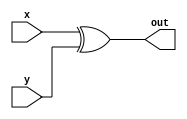
`timescale 1ns / 1ps

module btwxor_16b#(parameter N=16)(
    output [N-1:0] out,
    input [N-1:0] x,
    input [N-1:0] y
    );
    
    assign out = x ^ y;
    
endmodule